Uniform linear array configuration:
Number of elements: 64
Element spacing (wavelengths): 0.75
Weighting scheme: exponential
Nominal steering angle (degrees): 15
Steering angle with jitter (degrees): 14.133
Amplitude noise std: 0.05
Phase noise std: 0.05

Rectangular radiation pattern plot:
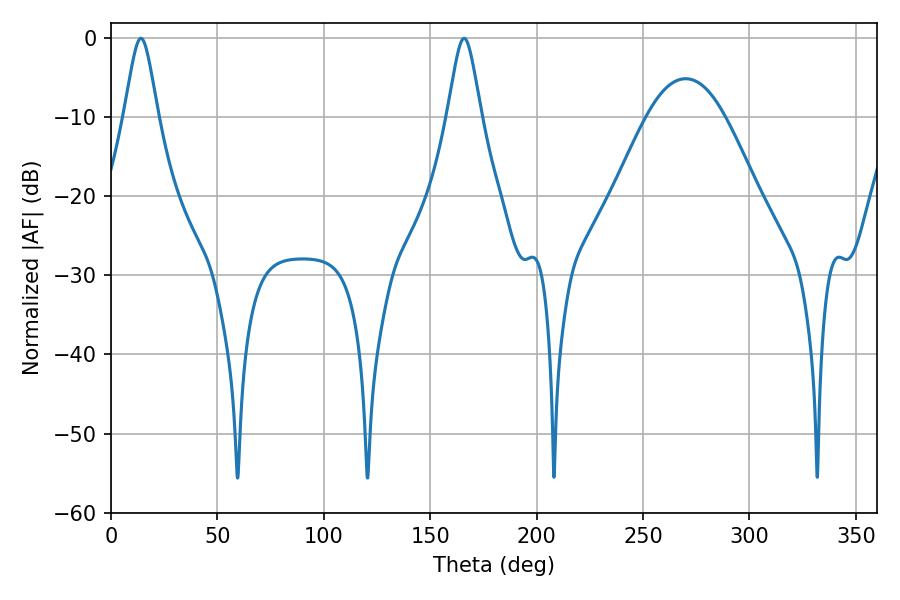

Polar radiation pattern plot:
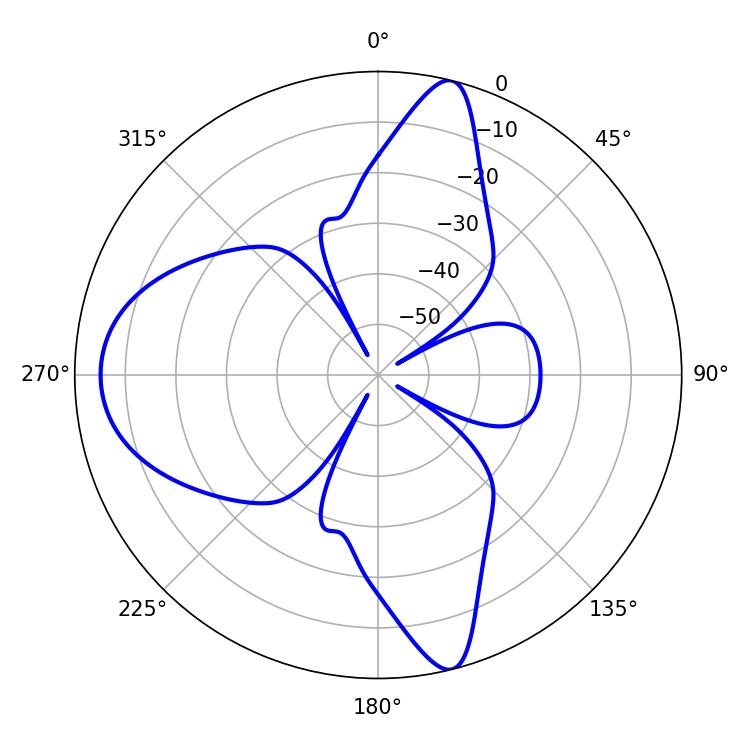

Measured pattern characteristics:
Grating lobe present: TRUE
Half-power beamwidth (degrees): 7.56
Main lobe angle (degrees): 14.04